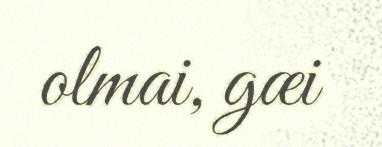
olmai, gæi